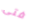
فتى